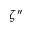
\zeta ^ { \dprime }